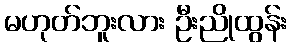
မဟုတ်ဘူးလား ဦးညိုထွန်း